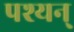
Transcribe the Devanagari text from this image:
पश्यन्